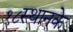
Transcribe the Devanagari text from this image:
१८स्थानके